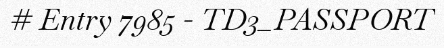
# Entry 7985 - TD3_PASSPORT